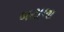
બટાલા